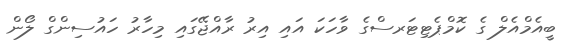
ބީއެމްއެލް ގެ ކޮމްޕެޓިޓަރސްގެ ވާހަކަ އައި އިރު ރާއްޖޭގައި މިހާރު ހައުސިންގް ލޯން